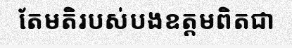
តែមតិរបស់បងឧត្តមពិតជា